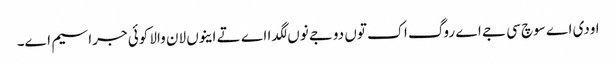
اودی اے سوچ سی جے اے روگ اک توں دوجے نوں لگدا اے تے اینوں لان والا کوئی جراسیم اے۔